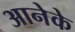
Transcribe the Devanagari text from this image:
आनेके